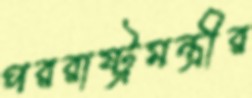
পররাষ্ট্রমন্ত্রীর